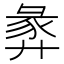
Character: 𢍝